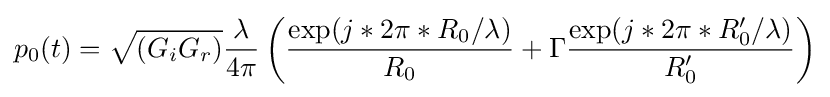
p_{0}(t)={\sqrt {(G_{i}G_{r})}}{\frac {\lambda }{4\pi }}\left({\frac {\exp(j*2\pi *R_{0}/{\lambda })}{R_{0}}}+\Gamma {\frac {\exp(j*2\pi *R_{0}'/{\lambda })}{R_{0}'}}\right)